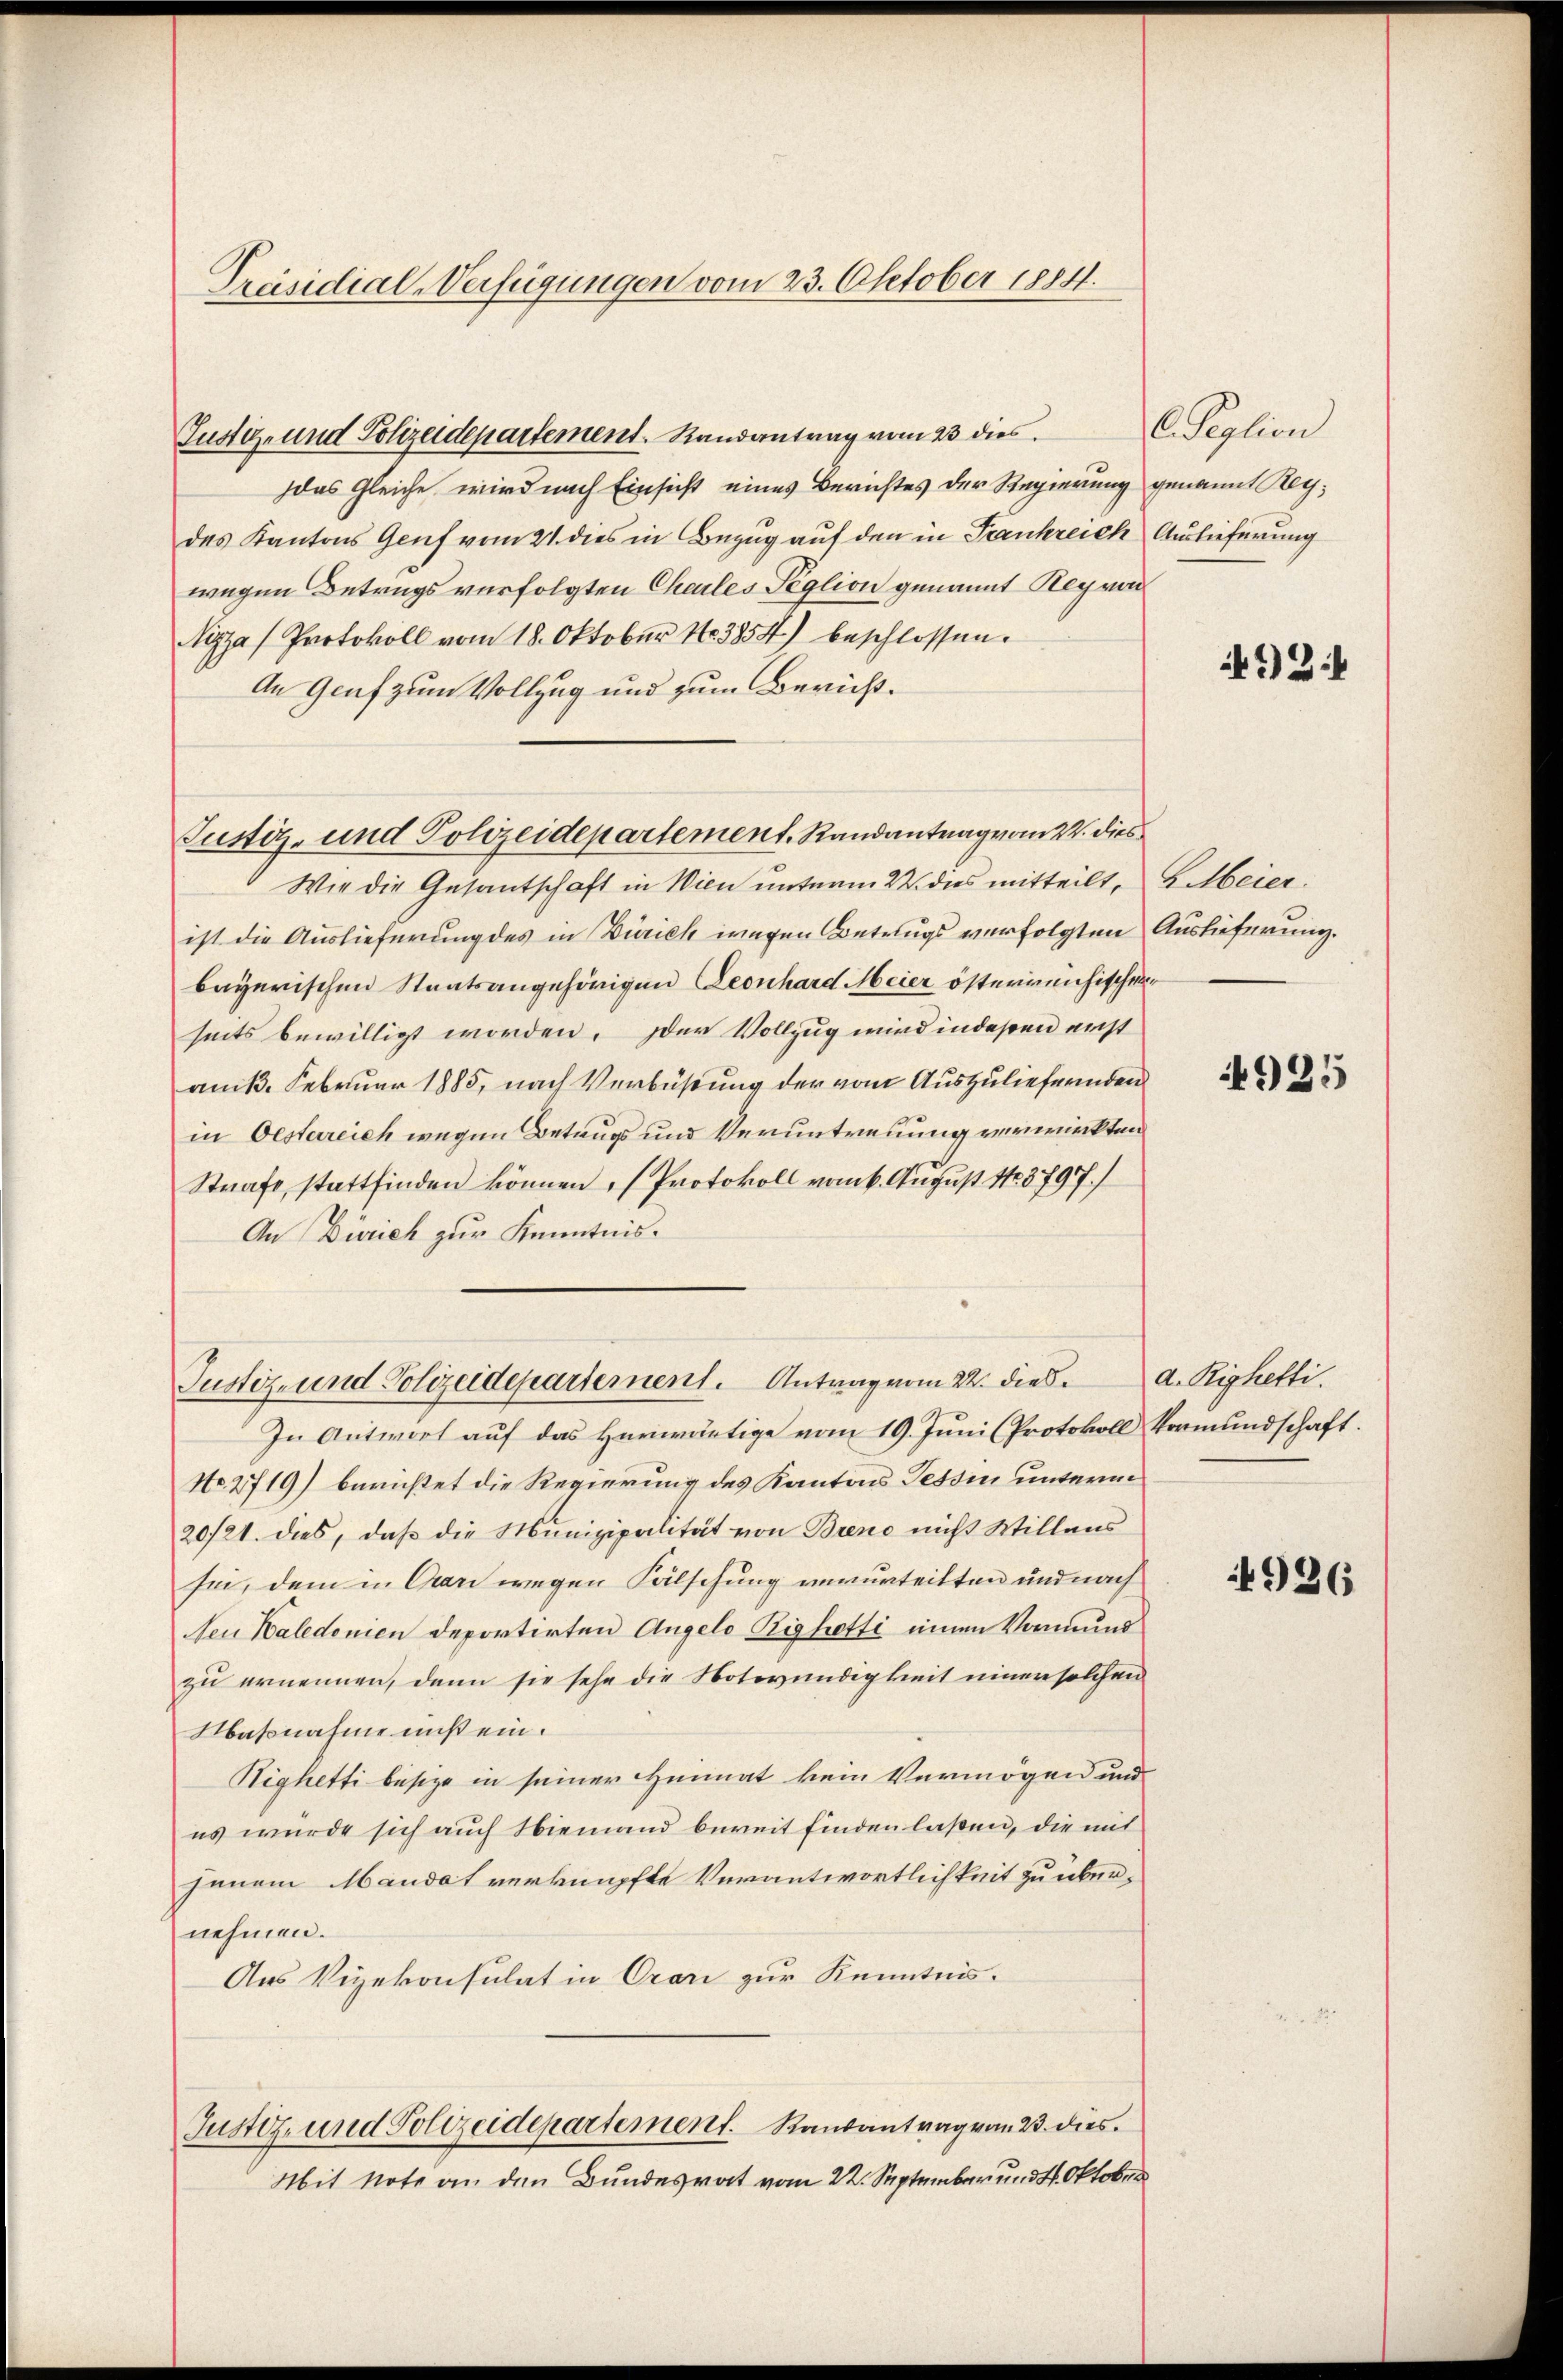
Präsidial-Verfügungen vom 23. Oktober 1884.

Justiz- und Polizeidepartement. Randantrag vom 23 dies
das Gleiche wird nach Einsicht eines Berichtes der Regierung genannt Reydes Kantons Genf vom 21. dies in Bezug auf den in Frankreich Auslieferung
wegen Betrugs verfolgten Chailes Peglion genannt Rey von
Nizza Protokoll vom 18. Oktober 183854) beschlossen.
An Graf zum Vollzug und zum Bericht¬
Wie die Gesantschaft in Wien unterm 22. dies mitteilt, beier
ist die Auslieferung des in Zürich wegen Betrugs verfolgten Auslieferung.
bayerischen Staatsangehörigen Leonhard Meier österreichischen
seits bewilligt worden. Der Vollzug wird indeßen erst
am 1. Februar 1885, nach Verbüßung der vom Auszulieferinden
in Oestereich wegen Betrugs und Veruntreuung verwirkten
Strafe, stattfinden können, (Protokoll vom 6. August No. 3797.)
An Zürich zur Kenntnis¬
Justiz- und Polizeidepartement. Antrag vom 22. Dieb. Righetti.
In Antwort auf das Herwärtige vom 19. Juni (Protokoll Vormundschaft.
No. 2719) berichtet die Regierung des Kantons Tessin unterm
20/21. dies, daß die Munizipalität von Breno nicht Willens
sei, dem in Car wegen Fälschung verurteilten und nach
Nen Kaledonien deportirten Angelo Righetti einen Vormund
zu ernennen, denn sie sehe die Notwendigkeit einer solchen
Massnahme mist ein.
Sighetti besize in seiner Heimat kein Vermögen und
es wurde sich auch Niemand bereit finden laßen, die mit
jenem Mandat verknüpfte Verantwortlichkeit zu übernehmen.
Aus Vizekonsulat in Orari zur Kenntnis.
Justiz- und Polizeidepartement. Kausantrag von 23. dies
Mit Note an den Bundesrat vom 22. September und 4. Oktober

Justiz- und Polizeidepartement. Randantrag vom 24. dies

l. Seption

49) S

925

4926